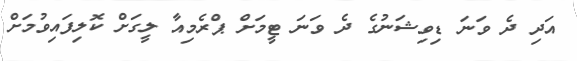
އަދި ދެ ވަނަ ޑިވިޝަނުގެ ދެ ވަނަ ޓީމަށް ޕްރެމިއާ ލީގަށް ކޮލިފައިވުމަށް